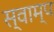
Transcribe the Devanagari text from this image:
स्वाम्प